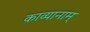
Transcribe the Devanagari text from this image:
काव्यानाम्